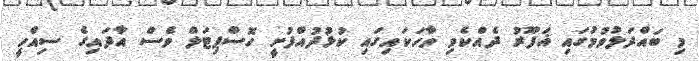
މި ބައްދަލުވުމުގައި ޣަފޫރު ދެއްކެވި ވާހަކައިގައި ކުޅުދުއްފުށީ ހޮސްޕިޓަލް ވެސް އާދައިގެ ސިއްހީ